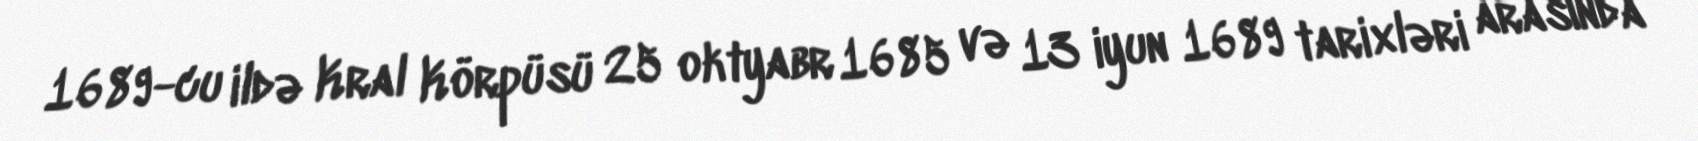
1689-cu ildə Kral Körpüsü 25 oktyabr 1685 və 13 iyun 1689 tarixləri arasında